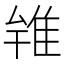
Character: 𨾰